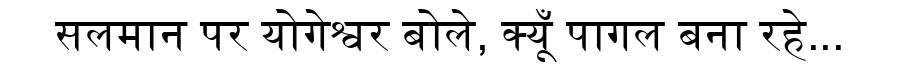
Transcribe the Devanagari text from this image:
सलमान पर योगेश्वर बोले, क्यूँ पागल बना रहे...